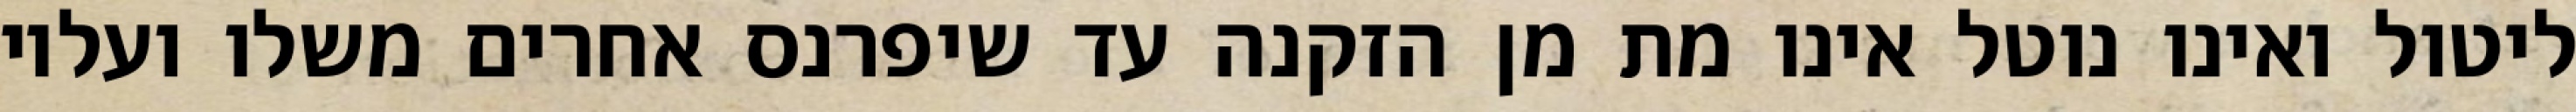
ליטול ואינו נוטל אינו מת מן הזקנה עד שיפרנס אחרים משלו ועליו